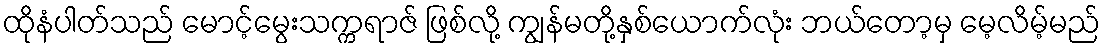
ထိုနံပါတ်သည် မောင့်မွေးသက္ကရာဇ် ဖြစ်လို့ ကျွန်မတို့နှစ်ယောက်လုံး ဘယ်တော့မှ မေ့လိမ့်မည်